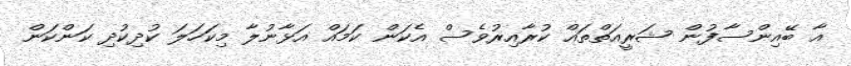
އާ ބޭއިންސާފުން ޝަރީއަތްތައް ކުރާއިރުވެސް އެކަން ކަމައް އަޅާނުލާ މިކަހަލަ ކުދިކުދި ކަންކަން